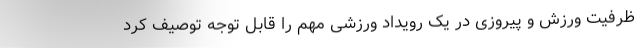
ظرفیت ورزش و پیروزی در یک رویداد ورزشی مهم را قابل توجه توصیف کرد